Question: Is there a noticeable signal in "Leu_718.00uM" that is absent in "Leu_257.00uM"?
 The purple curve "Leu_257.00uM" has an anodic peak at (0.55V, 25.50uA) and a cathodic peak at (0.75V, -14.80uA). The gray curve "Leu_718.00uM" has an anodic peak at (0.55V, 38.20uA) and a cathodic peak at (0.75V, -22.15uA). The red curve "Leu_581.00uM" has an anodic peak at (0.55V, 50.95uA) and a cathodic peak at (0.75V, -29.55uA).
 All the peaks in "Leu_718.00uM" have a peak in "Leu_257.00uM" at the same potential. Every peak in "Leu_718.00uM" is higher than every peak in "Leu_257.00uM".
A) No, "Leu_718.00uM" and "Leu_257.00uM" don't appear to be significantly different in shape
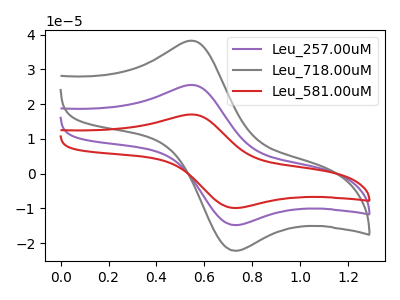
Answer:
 <answer>A) No, "Leu_718.00uM" and "Leu_257.00uM" don't appear to be significantly different in shape</answer>
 <eval>A</eval>